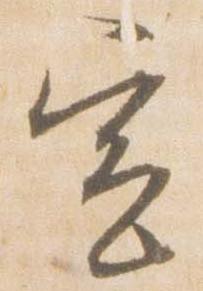
宣